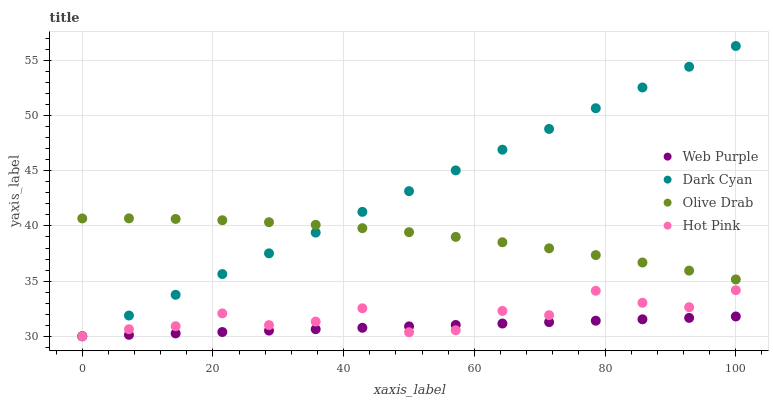
| xaxis_label | Web Purple | Dark Cyan | Olive Drab | Hot Pink |
 | --- | --- | --- | --- | --- |
 | 0 | 30 | 30 | 40.7 | 30 |
 | 7.14 | 30.1 | 31.9 | 40.7 | 30.6 |
 | 14.3 | 30.3 | 33.8 | 40.6 | 30.9 |
 | 21.4 | 30.4 | 35.6 | 40.5 | 32.1 |
 | 28.6 | 30.5 | 37.5 | 40.3 | 31 |
 | 35.7 | 30.6 | 39.4 | 40.1 | 31.3 |
 | 42.9 | 30.8 | 41.3 | 39.8 | 32.5 |
 | 50 | 30.9 | 43.2 | 39.4 | 30.4 |
 | 57.1 | 31 | 45 | 39 | 30.5 |
 | 64.3 | 31.2 | 46.9 | 38.5 | 32.3 |
 | 71.4 | 31.3 | 48.8 | 38 | 31.9 |
 | 78.6 | 31.4 | 50.7 | 37.4 | 34.1 |
 | 85.7 | 31.5 | 52.6 | 36.7 | 33 |
 | 92.9 | 31.7 | 54.4 | 35.9 | 32.6 |
 | 100 | 31.8 | 56.3 | 35.2 | 34.2 |